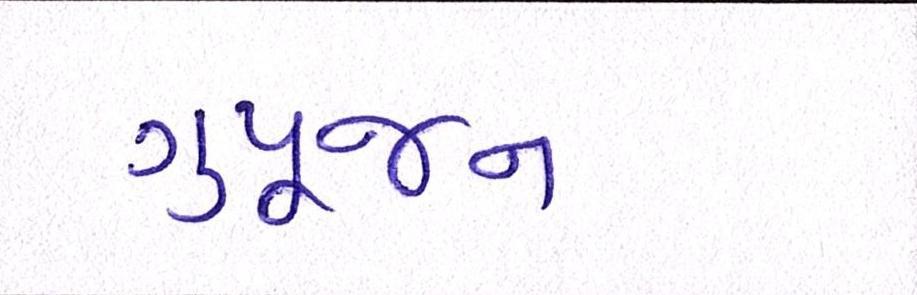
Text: ગુપૂજન